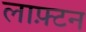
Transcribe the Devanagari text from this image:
लाफ़्टन